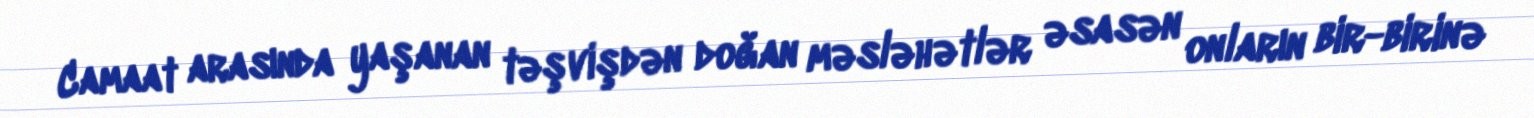
Camaat arasında yaşanan təşvişdən doğan məsləhətlər əsasən onların bir-birinə